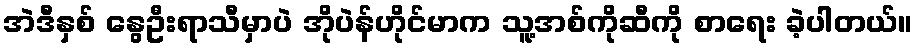
အဲဒီနှစ် နွေဦးရာသီမှာပဲ အိုပဲန်ဟိုင်မာက သူ့အစ်ကိုဆီကို စာရေး ခဲ့ပါတယ်။